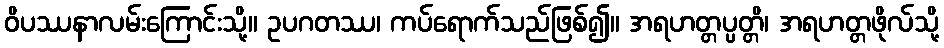
ဝိပဿနာလမ်းကြောင်းသို့။ ဥပဂတဿ၊ ကပ်ရောက်သည်ဖြစ်၍။ အရဟတ္တပ္ပတ္တိ၊ အရဟတ္တဖိုလ်သို့